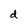
Character: d